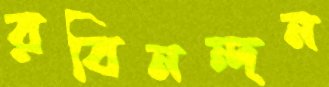
রবিনন্দন